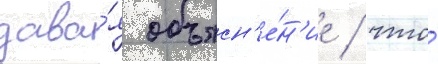
дава́я объясн'е́н'ие / что́